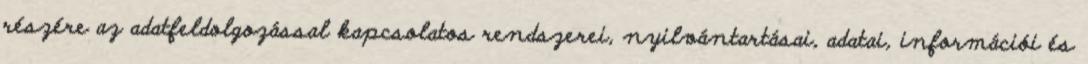
részére az adatfeldolgozással kapcsolatos rendszerei, nyilvántartásai, adatai, információi és